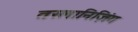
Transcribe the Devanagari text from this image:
तस्लानिज़िंग